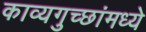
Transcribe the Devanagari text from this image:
काव्यगुच्छांमध्ये